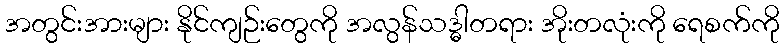
အတွင်းအားများ နိုင်ကျဉ်းတွေကို အလွန်သဒ္ဓါတရား အိုးတလုံးကို ရေစက်ကို